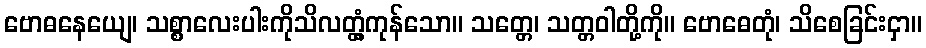
ဗောဓနေယျေ၊ သစ္စာလေးပါးကိုသိလတ္တံ့ကုန်သော။ သတ္တေ၊ သတ္တဝါတို့ကို။ ဗောဓေတုံ၊ သိစေခြင်းငှာ။